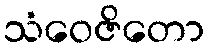
သံဝေဇိတော